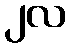
၂လ